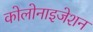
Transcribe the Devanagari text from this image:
कोलोनाइजेशन